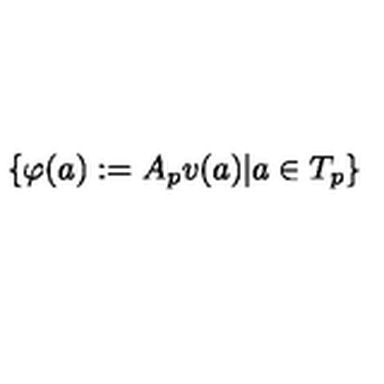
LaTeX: \{ \varphi ( a ) : = A _ { p } v ( a ) | a \in T _ { p } \}